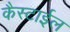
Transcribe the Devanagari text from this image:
कैस्टाईल